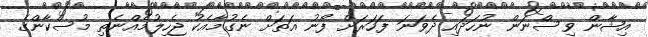
އިޝާން ވިސްނަން ނުހަދައި ދެވަނަ ފަހަރަށް ފޯނު އަތަށް ނެގުމާއެކު ޖެހިލުމެއްނެތި މުސްކާންގެ